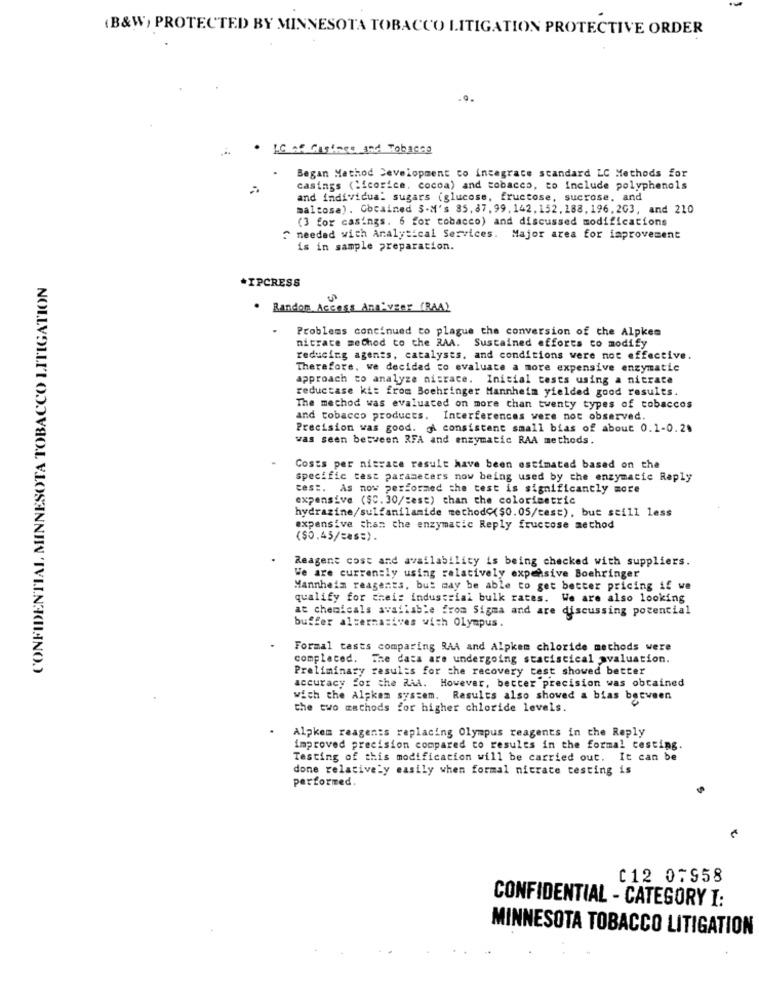
(B&W) PROTECTED BY MINNESOTA TOBACCO LITIGATION PROTECTIVE ORDER
. LO oo Casters and Tobacco
Began Mathod Development co incegrace standard LC Methods for
casings (licorice, cocoa) and tobacco, to include polyphenols
and individual sugars (glucose, fructose, sucrose, and
maltose), Cbcained S-M's 85,87, 99,142.152.188,196, 203, and 210
(3 for casings. 6 for tobacco) and discussed modifications
^ needed with Analytical Services. Major area for improvement
is in sample preparation.
CONFIDENTIAL MINNESOTA TOBACCO LITIGATION
.IPCRESS
. Random Access Analyzer (RAA)
Problems continued to plague the conversion of the Alpkes
nitrate mechod to the RAA. Sustained efforts to modify
reducing agents, catalysts, and conditions were not effective.
Therefore, we decided to evaluate a more expensive enzymatic
approach to analyze nisrace. Inicial tests using a nitrate
reductase ki: from Boehringer Mannheim yielded good results.
The mechod was evaluated on more than twenty types of tobaccos
and tobacco products. Interferences were not observed,
Precision was good. A consistent small bias of about 0.1-0.20
was seen between RFA and enzymatic RAA methods.
Costs per nitrace result have been estimated based on the
specific test parameters now being used by the enzymatic Reply
test. As now performed the test is significantly more
expensive ($C. 30/cest) than the colorimetric
hydrazine/sulfanilamide methodo($0.05/cest), but still less
expensive than che enzymatic Reply fructose method
($0.45/ces=).
Reagent cost and availability is being checked with suppliers.
We are currently using relatively expensive Boehringer
Mannheim reagents, but may be able to get better pricing if we
qualify for thei: industrial bulk rates. We are also looking
at chemicals available from Sigma and are discussing potencial
buffer alternatives with Olympus.
Formal tasts comparing RAA and Alpkem chloride methods were
complaced. The data are undergoing staciscical avaluation.
Preliminary results for the recovery test showed better
accuracy for the RiA. However, better precision was obtained
wich the Alskem system. Results also showed a bias between
the two methods for higher chloride levels.
Alpkem reagents replacing Olympus reagents in the Reply
improved precision compared to results in the formal costing.
Testing of this modification will be carried out. It can be
done relatively easily when formal nitrate testing is
performed.
012 07958
CONFIDENTIAL - CATEGORY I:
MINNESOTA TOBACCO LITIGATION